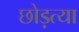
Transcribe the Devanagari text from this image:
छोड़त्या